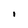
Character: I